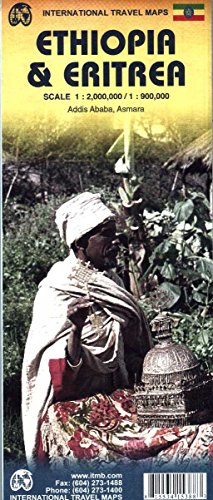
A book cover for Ethiopia & Eritrea Travel Map 1:2M/900K ITM; Itmb Publishing LTD; Travel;